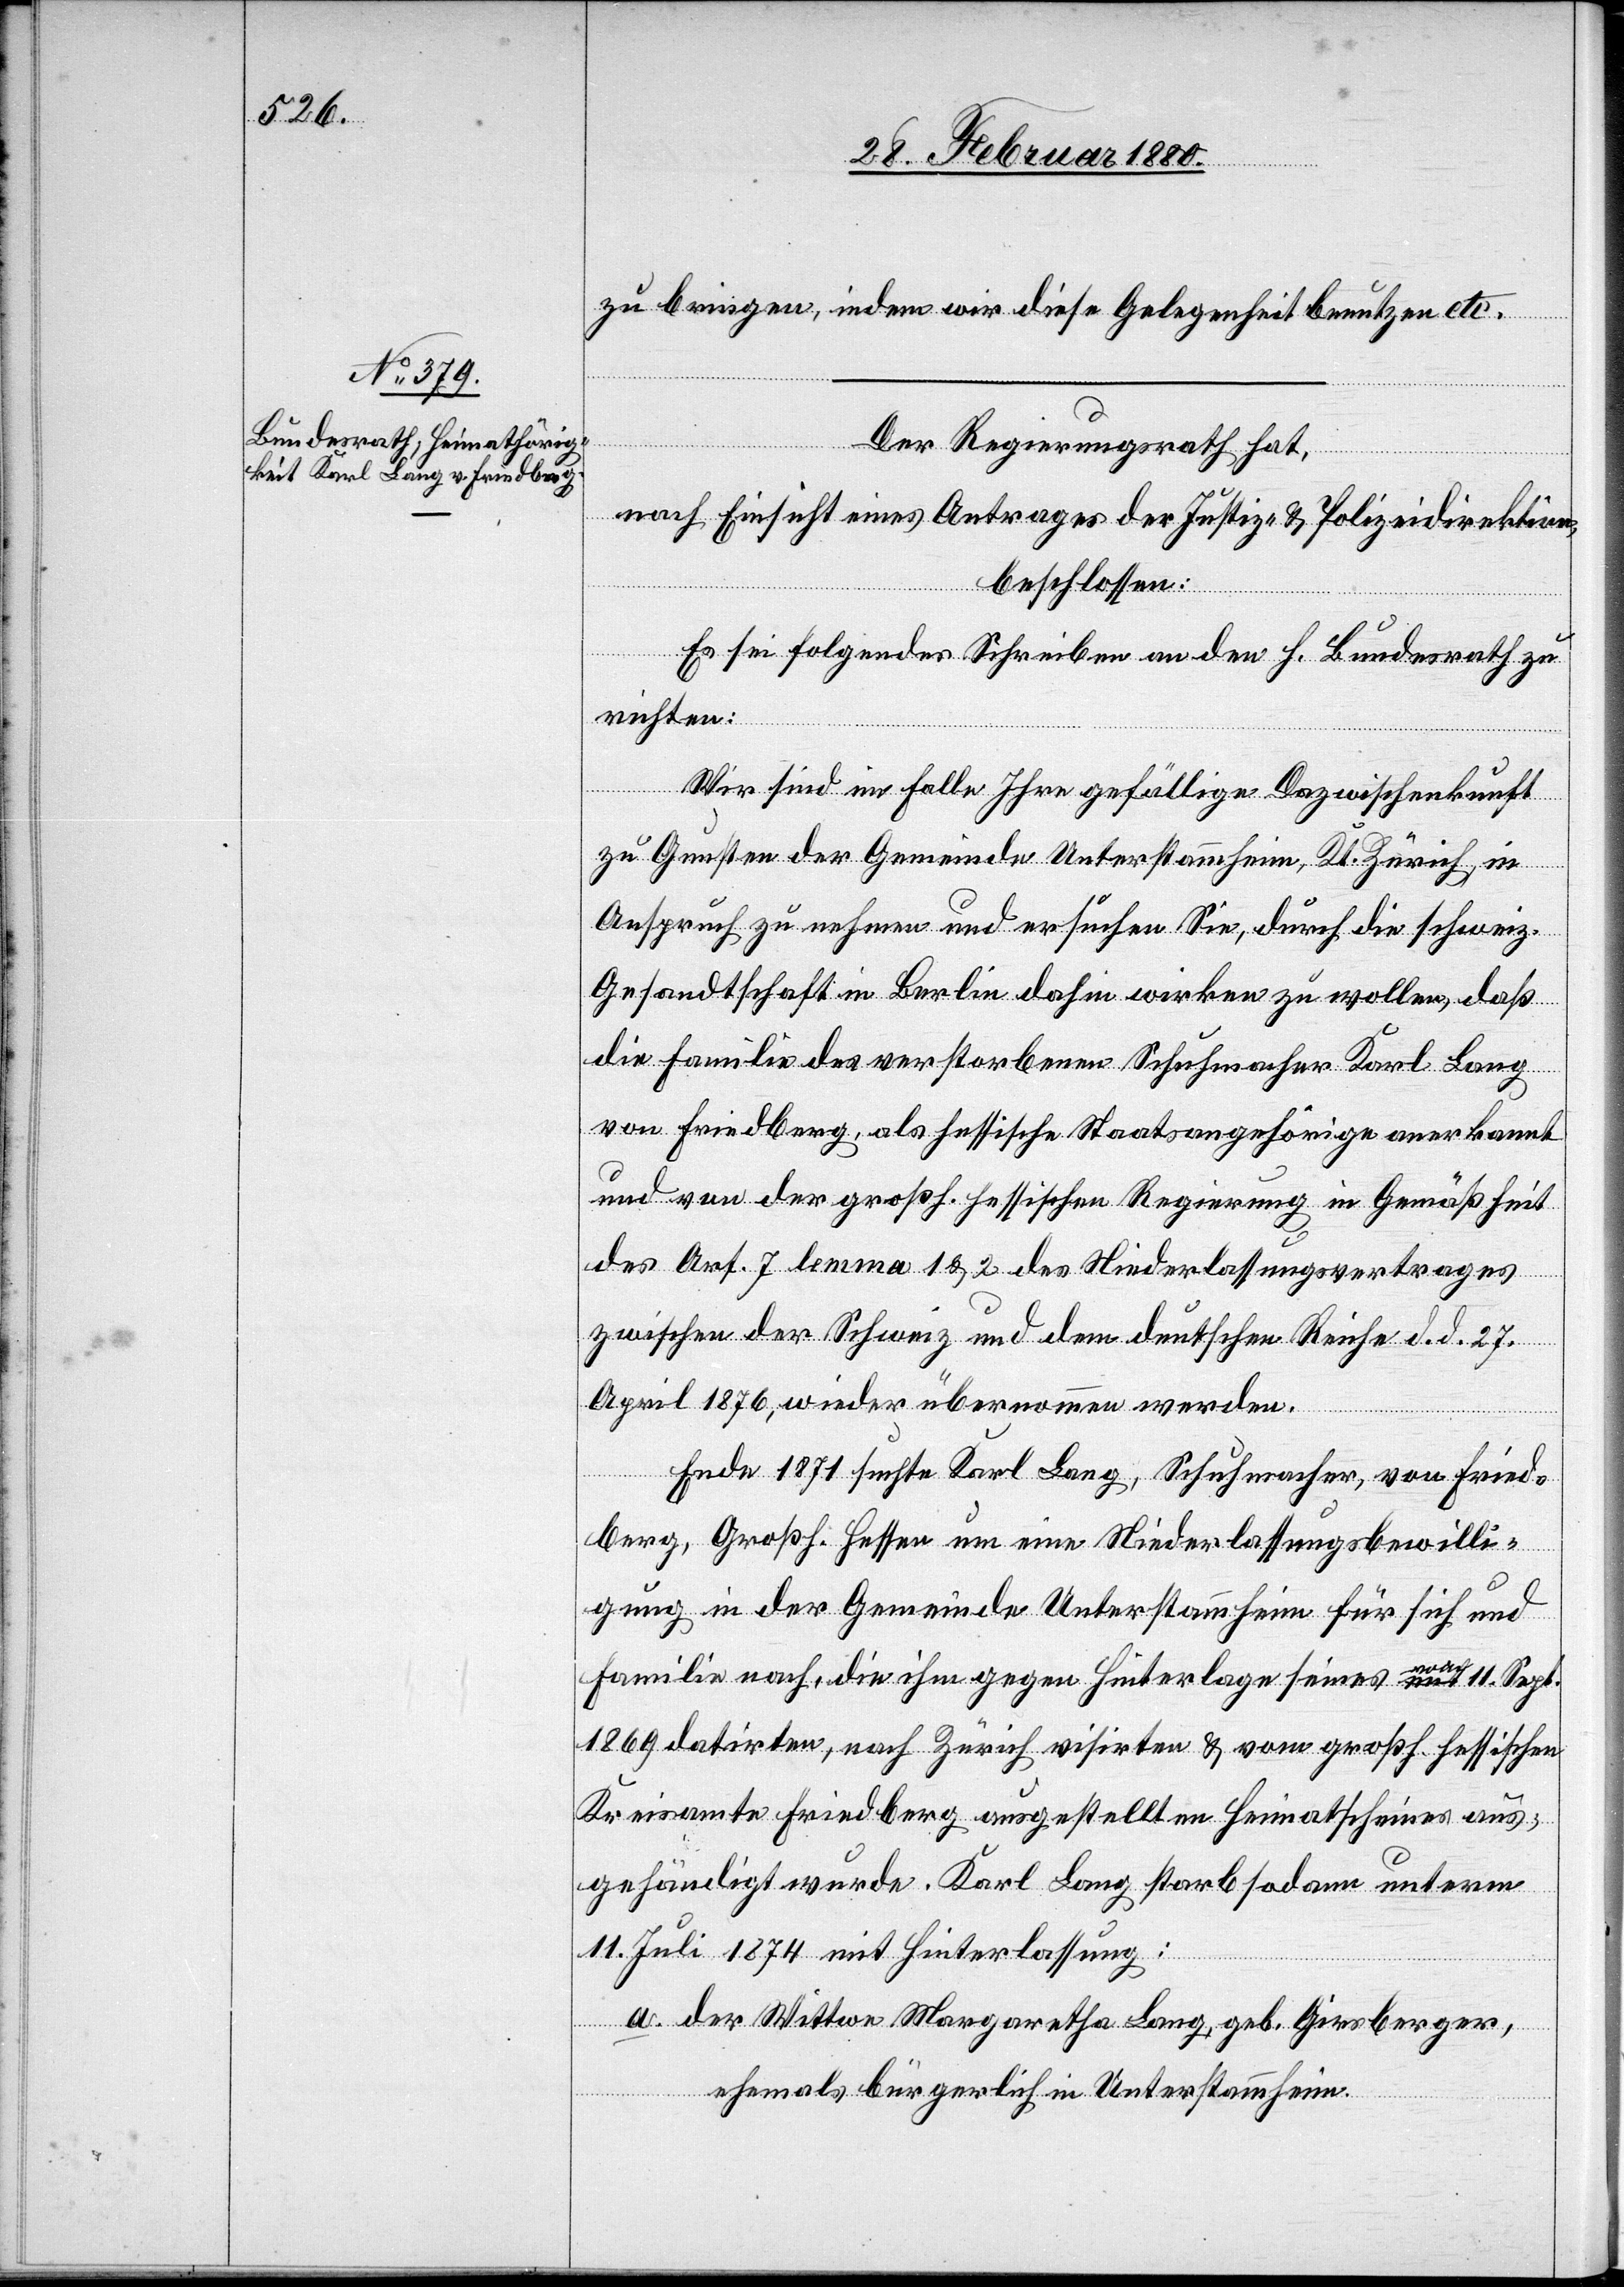
zu bringen, indem wir diese Gelegenheit benutzen etc.
Der Regierungsrath hat,
z-
beschlossen:
Es sei folgendes Schreiben an den h. Bundesrath zu
richten:
tion,
izei¬
Wir sind im Falle Ihre gefällige Dazwischenkunft
zu Gunsten der Gemeinde Unterstammheim, Kt. Zürich, in
Anspruch zu nehmen und ersuchen Sie, durch die schweiz.
Gesandtschaft in Berlin dahin wirken zu wollen, daß
die Familie des verstorbenen Schuhmacher Karl Lang
von Friedberg, als hessische Staatsangehörige anerkannt
und von der großh. hessischen Regierung in Gemäßheit
des Art. 7 lemma 1 & 2 des Niederlassungsvertrages
zwischen der Schweiz und dem deutschen Reiche d. d. 27.
April 1876, wieder übernommen werden
Ende 1871 suchte Karl Lang, Schuhmacher, von Fried¬
berg, Großh. Hessen um eine Niederlassungsbewilli¬
gung in der Gemeinde Unterstammheim für sich und
Familie nach, die ihm gegen Hinterlage seines von 11. Sept.
1869 datirten, nach Zürich visirten & vom großh. hessischen
Kreisamte Friedberg ausgestellten Heimatscheines aus¬
gehändigt wurde. Karl Lang starb sodann unterm
11. Juli 1874 mit Hinterlassung:
der Wittwe Margaretha Lang, geb. Girsberger,
ehemals bürgerlich in Unterstammheim.